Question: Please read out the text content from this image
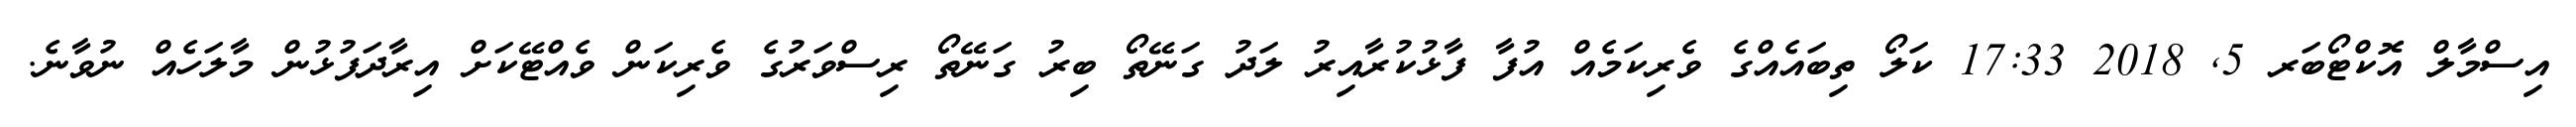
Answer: އިސްމާލް އޮކްޓޯބަރ 5, 2018 17:33 ކަލޯ ތިބައެއްގެ ވެރިކަމެއް އުފާ ފާޅުކުރާއިރު ލަދު ގަނޭތޯ ބިރު ގަނޭތޯ ރިސްވަރުގެ ވެރިކަން ވެއްޓޭކަށް އިރާދަފުޅުން މާލަހެއް ނުވާނެ.